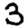
Digit: 3